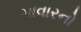
સાવારનો